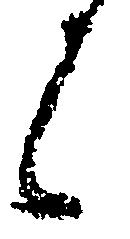
候